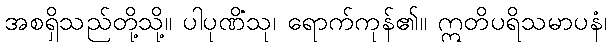
အစရှိသည်တို့သို့။ ပါပုဏိံသု၊ ရောက်ကုန်၏။ ဣတိပရိသမာပနံ၊